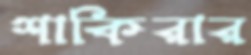
শাকিরার